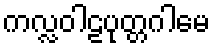
ကလ္လဝါဠပုတ္တဂါမေ